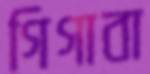
গিগাবা